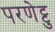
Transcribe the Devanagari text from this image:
परणेट्टु